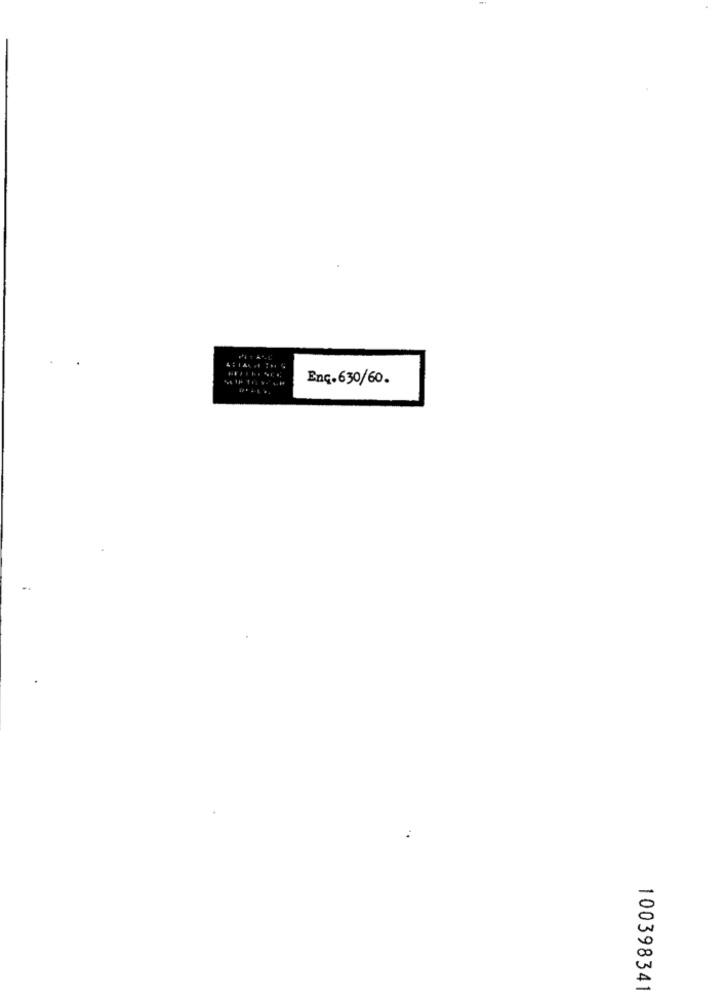
Enc.630/60.
100398341